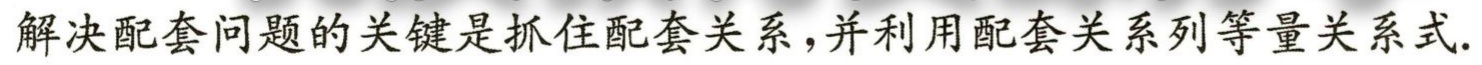
解决配套问题的关键是抓住配套关系,并利用配套关系列等量关系式.